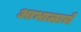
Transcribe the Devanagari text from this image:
आभाळाचे